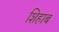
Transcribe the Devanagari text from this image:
शिहाब